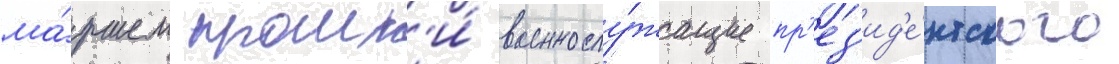
ма́ршем прошл'и́ военнослу́жащие пр'ез'ид'е́нтского